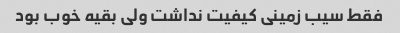
فقط سیب زمینی کیفیت نداشت ولی بقیه خوب بود